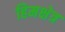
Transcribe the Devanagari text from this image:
हिमक्षेत्र